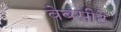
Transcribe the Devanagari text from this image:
वेबसीटे